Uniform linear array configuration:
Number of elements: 4
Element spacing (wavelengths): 0.75
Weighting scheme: exponential
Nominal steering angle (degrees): -30
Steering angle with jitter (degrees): -30.425
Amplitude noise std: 0.05
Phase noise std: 0.05

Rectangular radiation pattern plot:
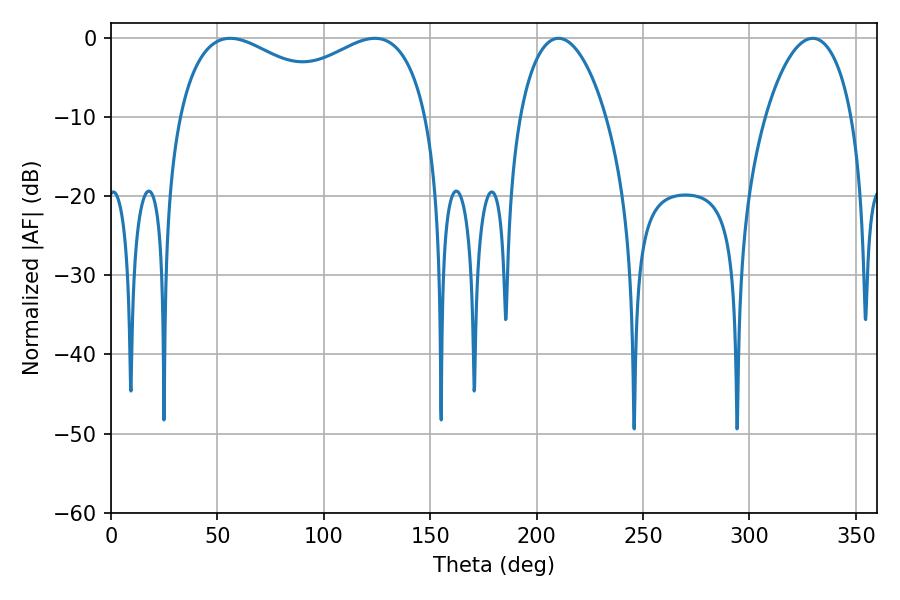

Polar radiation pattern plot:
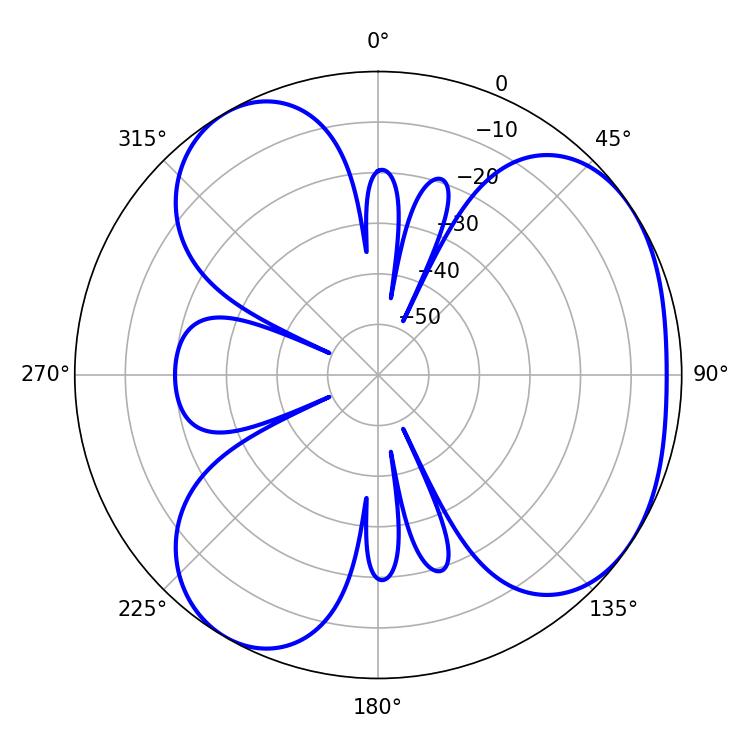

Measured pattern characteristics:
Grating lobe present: TRUE
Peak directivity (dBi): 4.331
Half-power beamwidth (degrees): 97.56
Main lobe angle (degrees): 55.98